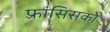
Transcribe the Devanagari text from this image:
फ़्रांसिसको